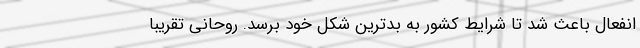
انفعال باعث شد تا شرایط کشور به بدترین شکل خود برسد. روحانی تقریبا